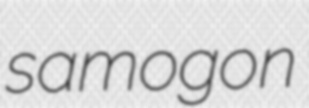
samogon